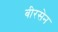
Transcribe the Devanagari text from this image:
बीरसेन